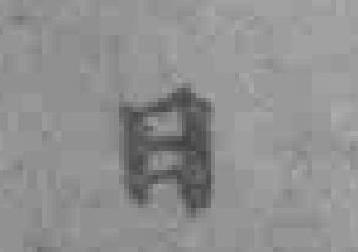
日